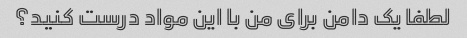
لطفا یک دامن برای من با این مواد درست کنید؟